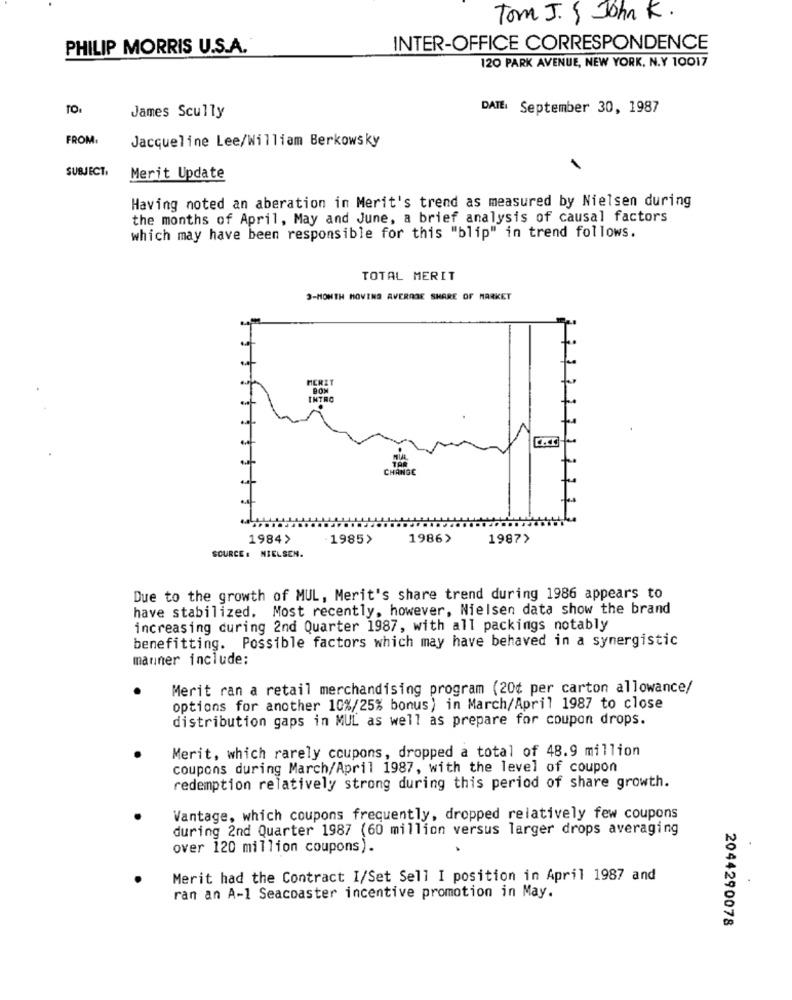
Tom J. S John K.
PHILIP MORRIS U.S.A.
INTER-OFFICE CORRESPONDENCE
120 PARK AVENUE, NEW YORK, N.Y 10017
DATE: September 30, 1987
James Scully
FROM.
Jacqueline Lee/William Berkowsky
SUBJECT.
Merit Update
Having noted an aberation in Merit's trend as measured by Nielsen during
the months of April, May and June, a brief analysis of causal factors
which may have been responsible for this "blip" in trend follows.
TOTAL MERIT
3-MONTH MOVING AVERAGE SHARE OF MARKET
HERIT
BOM
INTRO
CHANGE
1984>
1985>
1986>
1987>
SOURCE : NIELSEN.
Due to the growth of MUL, Merit's share trend during 1986 appears to
have stabilized. Most recently, however, Nielsen data show the brand
increasing during 2nd Quarter 1987, with all packings notably
benefitting. Possible factors which may have behaved in a synergistic
manner include;
Merit ran a retail merchandising program (20¢ per carton allowance/
options for another 10%/25% bonus) in March/April 1987 to close
distribution gaps in MUL as well as prepare for coupon drops.
Merit, which rarely coupons, dropped a total of 48.9 million
coupons during March/April 1987, with the level of coupon
redemption relatively strong during this period of share growth.
Vantage, which coupons frequently, dropped relatively few coupons
during 2nd Quarter 1987 (60 million versus larger drops averaging
over 120 million coupons).
Merit had the Contract I/Set Sell I position in April 1987 and
ran an A-1 Seacoaster incentive promotion in May.
2044290078